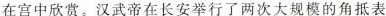
在宫中欣赏。汉武帝在长安举行了两次大规模的角抵表